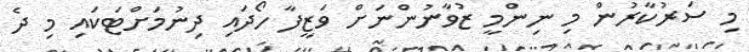
މި ސަރުކާރުން މި ނިންމީ ޒުވާނުންނަށް ވަޒީފާ ހޯދައި ދިނުމަށްޓަކައި މި ދެ